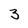
Character: 3